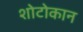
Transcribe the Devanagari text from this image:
शोटोकान